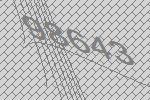
98643